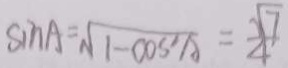
\sin A = \sqrt { 1 - \cos ^ { 2 } A } = \frac { \sqrt { 7 } } { 4 }